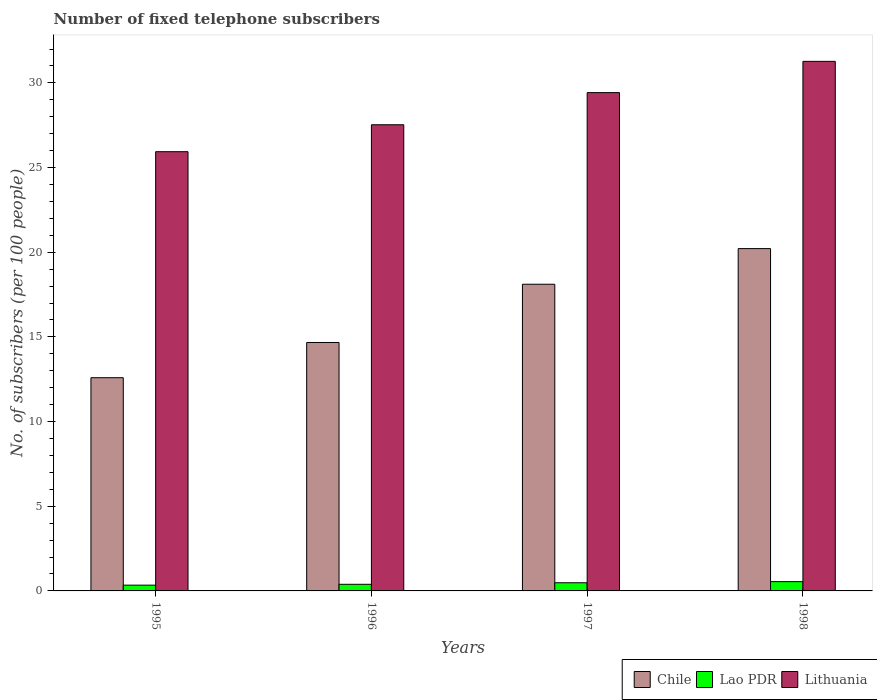
| Years | Chile | Lao PDR | Lithuania |
 | --- | --- | --- | --- |
 | 1995 | 12.6 | 0.341 | 25.9 |
 | 1996 | 14.7 | 0.39 | 27.5 |
 | 1997 | 18.1 | 0.482 | 29.4 |
 | 1998 | 20.2 | 0.547 | 31.3 |